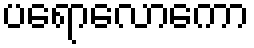
ပရောလောကော